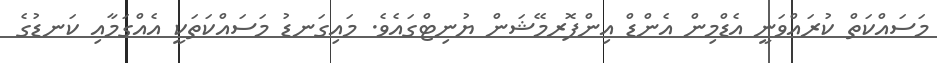
މަސައްކަތް ކުރައްވަނީ އެޑްމިން އެންޑް އިންފޮރމޭޝަން ޔުނިޓްގައެވެ. މައިގަނޑު މަސައްކަތަކީ އެއްގަމާއި ކަނޑުގެ